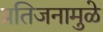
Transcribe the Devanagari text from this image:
प्रतिजनामुळे